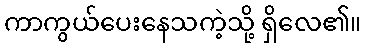
ကာကွယ်ပေးနေသကဲ့သို့ ရှိလေ၏။